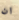
ان